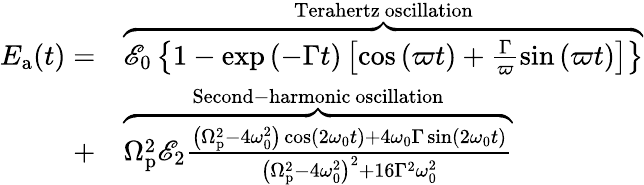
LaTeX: \begin{array}{rl}{E_{\mathrm{a}}(t)=}&{\overbrace{\mathscr{E}_{0}\left\{ 1-\exp{\left(-\Gamma t\right)}\left[\cos\left(\varpi t\right)+\frac{\Gamma}{\varpi}\sin\left(\varpi t\right)\right]\right\} }^{\mathrm{Terahertz~oscillation}}}\\ {+}&{\overbrace{\Omega_{\mathrm{p}}^{2}\mathscr{E}_{2}\frac{\left(\Omega_{\mathrm{p}}^{2}-4\omega_{0}^{2}\right)\cos(2\omega_{0}t)+4\omega_{0}\Gamma\sin(2\omega_{0}t)}{\left(\Omega_{\mathrm{p}}^{2}-4\omega_{0}^{2}\right)^{2}+16\Gamma^{2}\omega_{0}^{2}}}^{\mathrm{Second-harmonic~oscillation}}}\end{array}